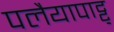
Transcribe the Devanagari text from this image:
पलैयापाट्टु